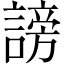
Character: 謗